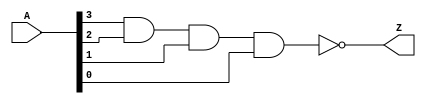
module nand_4in_v (
  input [3:0] A,
  output Z
  );

  nand(Z, A[3], A[2], A[1], A[0]);

endmodule //nand_4in_v